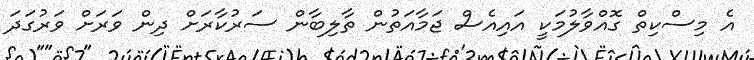
އެ މިސްކިތް ގޮއްވާލުމަކީ އައިއެސް ޖަމާއަތުން ތާލިބާން ސަރުކާރަށް ދިން ވަރަށް ވަރުގަދަ